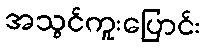
အသွင်ကူးပြောင်း